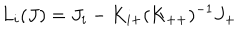
L _ { i } ( J ) = J _ { i } - K _ { i + } ( K _ { + + } ) ^ { - 1 } J _ { + }